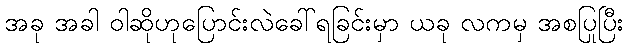
အခု အခါ ဝါဆိုဟုပြောင်းလဲခေါ်ရခြင်းမှာ ယခု လကမှ အစပြုပြီး